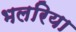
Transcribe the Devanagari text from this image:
भलरिया